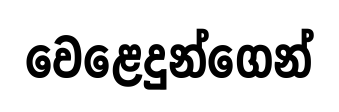
වෙළෙදුන්ගෙන්